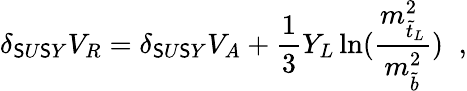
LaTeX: \delta_{\mathsf{S}U\mathsf{S}Y}V_{R}=\delta_{\mathsf{S}U\mathsf{S}Y}V_{A}+\frac{{1}}{{3}}Y_{L}\ln(\frac{{m_{\tilde{{t}}_{L}}^{2}}}{{m_{\tilde{{b}}}^{2}}})\; \; ,